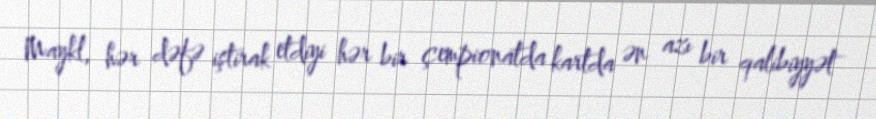
Maykl, hər dəfə iştirak etdiyi hər bir çempionatda kartda ən azı bir qalibiyyət